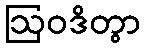
ဩဝဒိတွာ